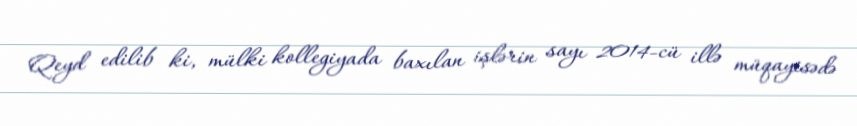
Qeyd edilib ki, mülki kollegiyada baxılan işlərin sayı 2014-cü illə müqayisədə